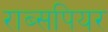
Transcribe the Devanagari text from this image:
राब्सपियर